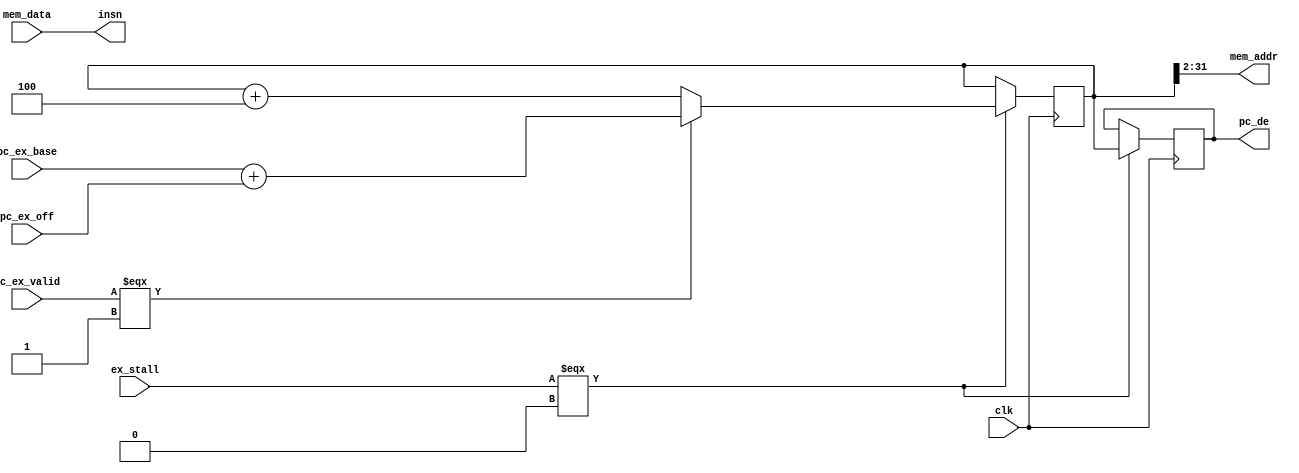
// fetch.v

module fetch #(parameter ENTRYPOINT = 32'h140) (
    input wire         clk,
    input wire  [31:0] pc_ex_off,
    input wire  [31:0] pc_ex_base,
    input wire         pc_ex_valid,
    input wire  [31:0] mem_data,
    input wire         ex_stall,
    output wire [29:0] mem_addr,
    output wire  [31:0] insn,
    output reg  [31:0] pc_de
);

reg [31:0] pc;
reg [31:0] pc_prev;
reg [31:0] prev_insn;

assign mem_addr = pc[31:2];
assign insn = mem_data;

initial begin
    pc <= ENTRYPOINT;
end

always @(posedge clk) begin
    /*
    $display("stall %b", ex_stall);
    $display("insn %h", insn);
    $display("mem_data %h", mem_data);
    $display("pc_prev %h", pc_prev);
    $display("pc_de %h", pc_de);
    $display("\n");
    */
    if (ex_stall === 1'b0) begin
        // $display("fetch insn: %h", mem_data);
        /*
            prev_insn <= insn;
            insn <= mem_data;
            pc_prev <= pc;
            pc_de <= pc_prev;
        */
        if (pc_ex_valid === 1'b1) begin
            pc <= pc_ex_base + pc_ex_off;
            pc_de <= pc;
        end
        else begin
            // $display("next");
            pc <= pc + 4;
            pc_de <= pc;
        end
    end
    // else begin
    //     pc <= pc_prev;
    // end
end

endmodule